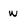
Character: w